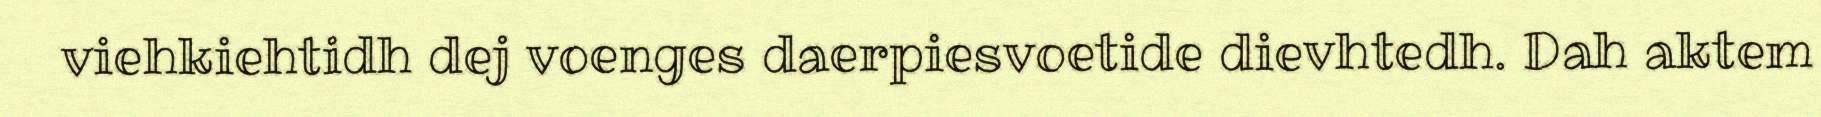
viehkiehtidh dej voenges daerpiesvoetide dievhtedh. Dah aktem